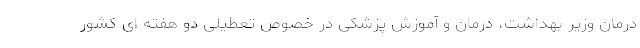
درمان وزیر بهداشت، درمان و آموزش پزشکی در خصوص تعطیلی دو هفته ای کشور